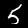
Label: 5